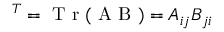
^ T = \textup { T r } ( \textup { A B } ) = A _ { i j } B _ { j i }